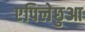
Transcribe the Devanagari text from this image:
एपिलेछुआ